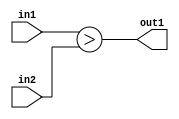
`timescale 1ps / 1ps
/*****************************************************************************
    Verilog RTL Description
    
    
    Created by: Stratus DpOpt 21.05.01 
*******************************************************************************/

module Filter_LessThan_8Ux8U_1U_4 (
	in2,
	in1,
	out1
	); /* architecture "behavioural" */ 
input [7:0] in2,
	in1;
output  out1;
wire  asc001;

assign asc001 = (in1>in2);

assign out1 = asc001;
endmodule

/* CADENCE  urj3TA4= : u9/ySxbfrwZIxEzHVQQV8Q== ** DO NOT EDIT THIS LINE ******/